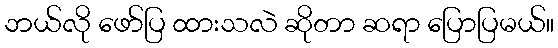
ဘယ်လို ဖော်ပြ ထားသလဲ ဆိုတာ ဆရာ ပြောပြမယ်။